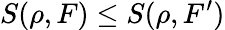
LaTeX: S(\rho,F)\le S(\rho,F^{\prime})